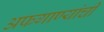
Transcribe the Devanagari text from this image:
अफगाण्यांची